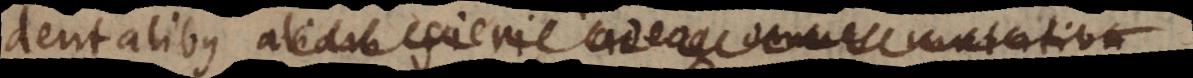
dentalibus aliam fieri, adeoque omnes mutation